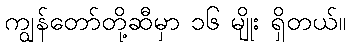
ကျွန်တော်တို့ဆီမှာ ၁၆ မျိုး ရှိတယ်။